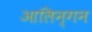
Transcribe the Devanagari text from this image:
आलिन्गन